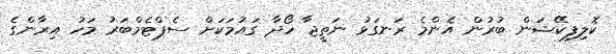
ކޮލިފިކޭޝަން ބުރުން އެންމެ ރަނގަޅު ނަތީޖާ ހޯދާ ގައުމަކަށް ސެޕްޓެމްބަރު މަހު އިރާންގެ